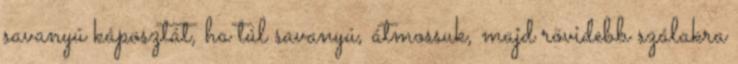
savanyú káposztát, ha túl savanyú, átmossuk, majd rövidebb szálakra